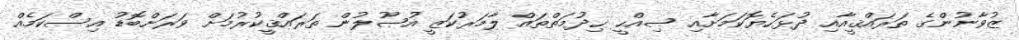
ޒުވާނުންގެ ތަރައްޤީއާއި ދުޅަހެޔޮކަމަށާއި ޞިއްޙީ ޚިދުމަތްތައް ލާމަރުކަޒީ އުޞޫލުން ތަރައްޤީކުރުމަށް ވަރަށްބޮޑު އިސްކަމެއް